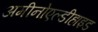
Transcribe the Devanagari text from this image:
अमीनोएल्डीहाइड